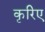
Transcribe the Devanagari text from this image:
कृरिए